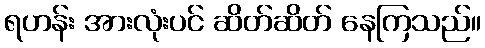
ရဟန်း အားလုံးပင် ဆိတ်ဆိတ် နေကြသည်။